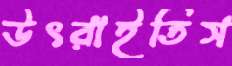
উৎরাইতিস